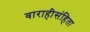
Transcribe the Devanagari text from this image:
वाराहीसंहिता